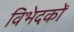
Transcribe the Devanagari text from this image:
विभेदकों